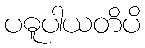
ပဓူပါယတိပိ